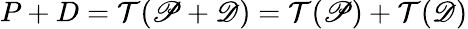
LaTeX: P+D=\mathcal T(\mathscr P+\mathscr D)=\mathcal T(\mathscr P)+\mathcal T(\mathscr D)